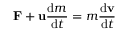
\mathbf { F } + \mathbf { u } { \frac { \mathrm { d } m } { \mathrm { d } t } } = m { \frac { \mathrm { d } \mathbf { v } } { \mathrm { d } t } }